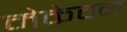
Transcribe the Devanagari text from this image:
मेकेवन